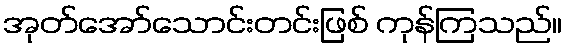
အုတ်အော်သောင်းတင်းဖြစ် ကုန်ကြသည်။